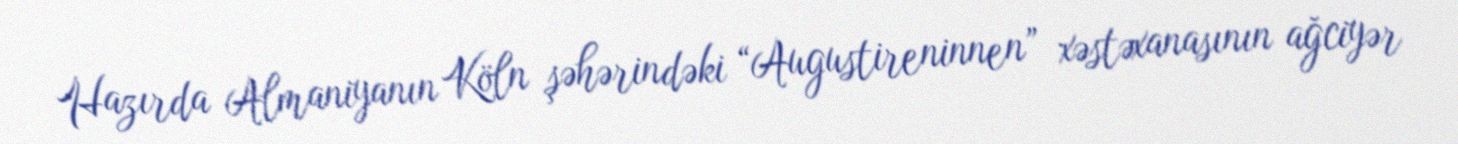
Hazırda Almaniyanın Köln şəhərindəki “Augustireninnen” xəstəxanasının ağciyər